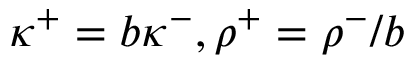
\kappa ^ { + } = b \kappa ^ { - } , \rho ^ { + } = \rho ^ { - } / b